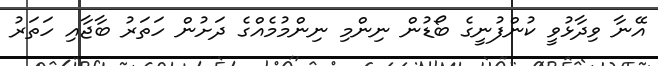
އޭނާ ވިދާޅުވީ ކުންފުނީގެ ބޯޑުން ނިންމި ނިންމުމެއްގެ ދަށުން ހަތަރު ބާޖާއި ހަތަރު